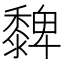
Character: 𪐄